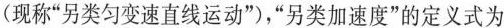
(现称”另类匀变速直线运动”)，”另类加速度”的定义式为